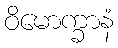
ဝိမောက္ခာနံ